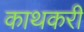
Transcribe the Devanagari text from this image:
काथकरी